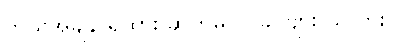
ဘယ်အချိန် ရထား ဆိုက်မလဲ၊ ခင်ဗျား သိလား။